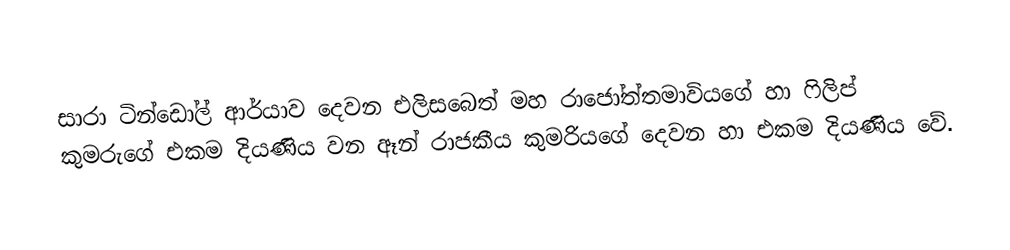
සාරා ටින්ඩෝල් ආර්යාව දෙවන එලිසබෙත් මහ රාජෝත්තමාවියගේ හා ෆිලිප් කුමරුගේ එකම දියණිය වන ඈන් රාජකීය කුමරියගේ දෙවන හා එකම දියණිය වේ.